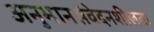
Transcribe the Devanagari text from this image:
अनुमानसंवेदनशीलता